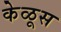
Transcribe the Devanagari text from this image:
केळूस